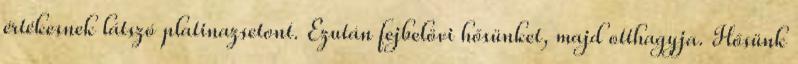
értékesnek látszó platinazsetont. Ezután fejbelövi hősünket, majd otthagyja. Hősünk